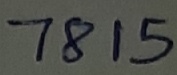
Text: 7815